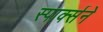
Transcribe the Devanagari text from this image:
स्पार्क्‍सने